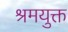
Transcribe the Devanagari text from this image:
श्रमयुक्त